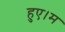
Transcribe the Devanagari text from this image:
हुए।म